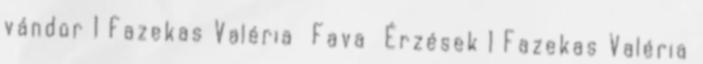
vándor 1 Fazekas Valéria Fava Érzések 1 Fazekas Valéria